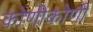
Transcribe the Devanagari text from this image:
कोणीकोणी